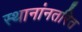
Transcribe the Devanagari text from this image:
स्थानांनतरित